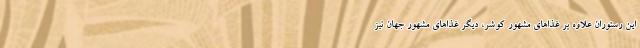
این رستوران علاوه بر غذاهای مشهور کوشر، دیگر غذاهای مشهور جهان نیز